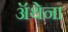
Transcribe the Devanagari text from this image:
ॲथेना